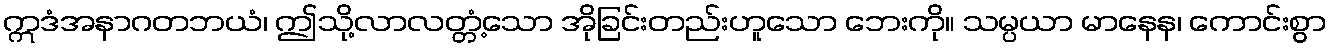
ဣဒံအနာဂတဘယံ၊ ဤသို့လာလတ္တံ့သော အိုခြင်းတည်းဟူသော ဘေးကို။ သမ္ပယာ မာနေန၊ ကောင်းစွာ